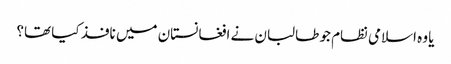
یا وہ اسلامی نظام جو طالبان نے افغانستان میں نافذ کیا تھا؟